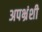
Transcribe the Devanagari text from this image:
अपभ्रंशी